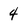
Character: 4